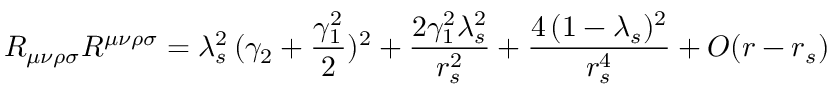
R _ { \mu \nu \rho \sigma } R ^ { \mu \nu \rho \sigma } = \lambda _ { s } ^ { 2 } \, ( \gamma _ { 2 } + \frac { \gamma _ { 1 } ^ { 2 } } { 2 } ) ^ { 2 } + \frac { 2 \gamma _ { 1 } ^ { 2 } \lambda _ { s } ^ { 2 } } { r _ { s } ^ { 2 } } + \frac { 4 \, ( 1 - \lambda _ { s } ) ^ { 2 } } { r _ { s } ^ { 4 } } + { \cal { O } } ( r - r _ { s } )